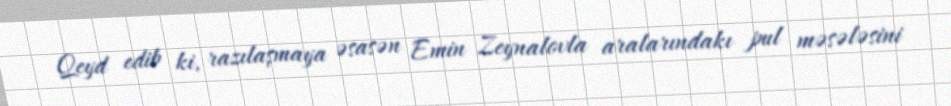
Qeyd edib ki, razılaşmaya əsasən Emin Zeynalovla aralarındakı pul məsələsini